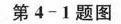
第4-1题图